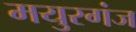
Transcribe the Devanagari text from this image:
मयुरगंज